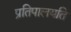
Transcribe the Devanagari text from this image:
प्रतिपालयति